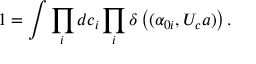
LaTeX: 1 = \int \prod _ { i } d c _ { i } \prod _ { i } \delta \left( ( \alpha _ { 0 i } , U _ { c } a ) \right) .